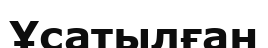
Ұсатылған